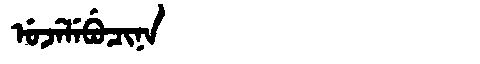
Manchu: ᡠᠵᡝᠯᡝᠪᡠᠴᡳᠨᠠ
Romanization: UJELEBUCINA